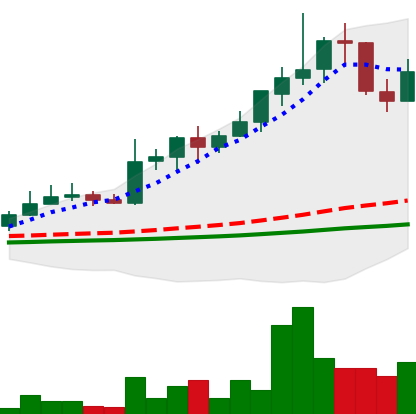
Ticker: LINK-USD
Chart end date: 2019-05-27
Forward return: -20.304%
Label: down_7plus